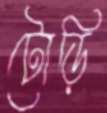
টোড়ি